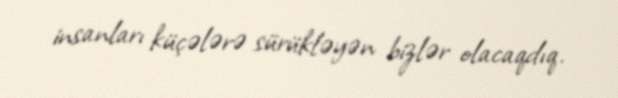
insanları küçələrə sürükləyən bizlər olacaqdıq.